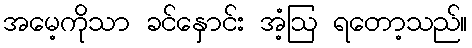
အမေ့ကိုသာ ခင်နှောင်း အံ့ဩ ရတော့သည်။